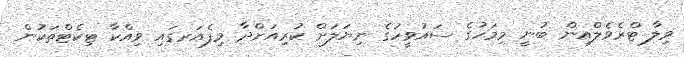
ވިލާ ޓްރެވެލްއިން ބުނީ މިމަހުގެ ސައުވީހުގެ ނިޔަލަށް ކުރިއަށްދާ މިފެއަރގައި ވިއްކާ ޓިކެޓްތަކުން